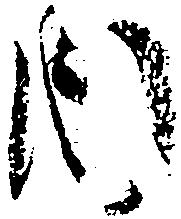
内